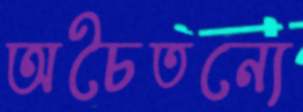
অচৈতন্যে